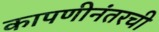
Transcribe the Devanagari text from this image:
कापणीनंतरची